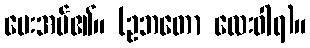
ပေးအပ်၏။ (ဥဘတော လေးဝါရ)။